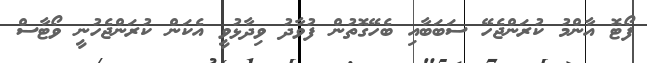
ފޯޓޮ އާންމު ކުރަންޖެހޭ ސަބަބާއި ބެހޭގޮތުން ފުވާދު ވިދާޅުވީ އެކަން ކުރަންޖެހުނީ ވޯޓާސް